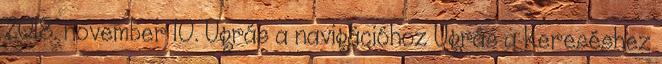
2018. november 10. Ugrás a navigációhoz Ugrás a kereséshez